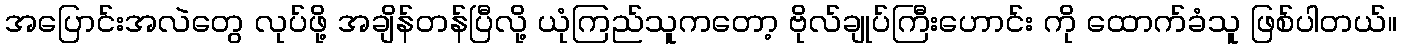
အပြောင်းအလဲတွေ လုပ်ဖို့ အချိန်တန်ပြီလို့ ယုံကြည်သူကတော့ ဗိုလ်ချုပ်ကြီးဟောင်း ကို ထောက်ခံသူ ဖြစ်ပါတယ်။